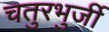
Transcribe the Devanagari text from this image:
चतुरभुर्जी